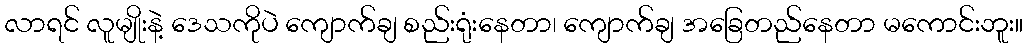
လာရင် လူမျိုးနဲ့ ဒေသကိုပဲ ကျောက်ချ စည်းရုံးနေတာ၊ ကျောက်ချ အခြေတည်နေတာ မကောင်းဘူး။